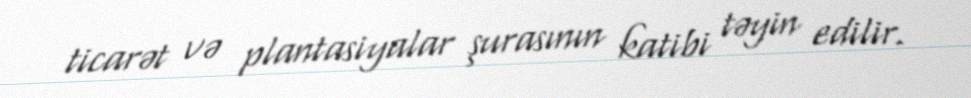
ticarət və plantasiyalar şurasının katibi təyin edilir.